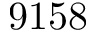
9 1 5 8